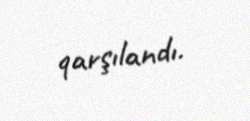
qarşılandı.